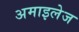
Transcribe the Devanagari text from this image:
अमाइलेज